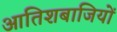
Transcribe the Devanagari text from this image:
आतिशबाजियों